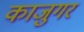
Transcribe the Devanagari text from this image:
काजुगर